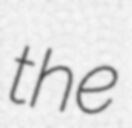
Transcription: the